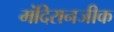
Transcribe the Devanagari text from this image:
मंदिरानजीक